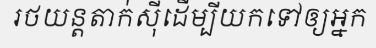
រថយន្តតាក់ស៊ីដើម្បីយកទៅឲ្យអ្នក